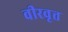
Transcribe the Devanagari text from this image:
वीरवृत्त